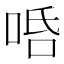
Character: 𠳂